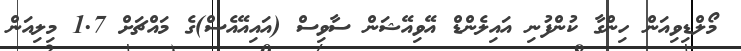
މޯލްޑިވިއަން ހިންގާ ކުންފުނި އައިލެންޑް އޭވިއޭޝަން ސާވިސް (އައިއޭއެސް)ގެ މައްޗަށް 1.7 މިލިއަން